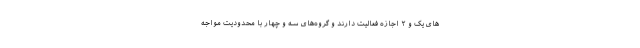
های یک و ۲ اجازه فعالیت دارند و گروه‌های سه و چهار با محدودیت مواجه